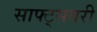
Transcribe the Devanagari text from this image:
साफ्ट्सबरी